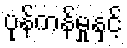
ပုန်ကန်မှုနှင့်